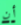
أن